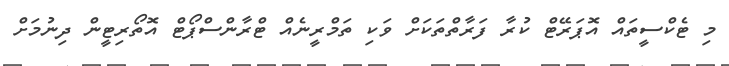
މި ޓެކްސީތައް އޮޕަރޭޓް ކުރާ ފަރާތްތަކަށް ވަކި ތަމްރީނެއް ޓްރާންސްޕޯޓް އޮތޯރިޓީން ދިނުމަށް